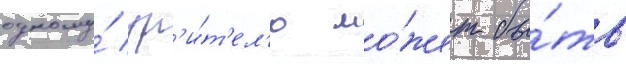
одному́ зр'и́т'ел'ю мо́жет бы́ть